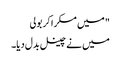
" میں مسکرا کر بولی
میں نے چینل بدل دیا۔